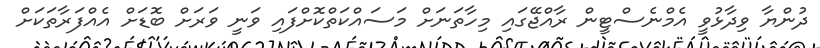
ދުންޔާ ވިދާޅުވީ އެމްނެސްޓީން ރާއްޖޭގައި މިހާތަނަށް މަސައްކަތްކޮށްފައި ވަނީ ވަރަށް ބޮޑަށް އެއްފަރާތަކަށް